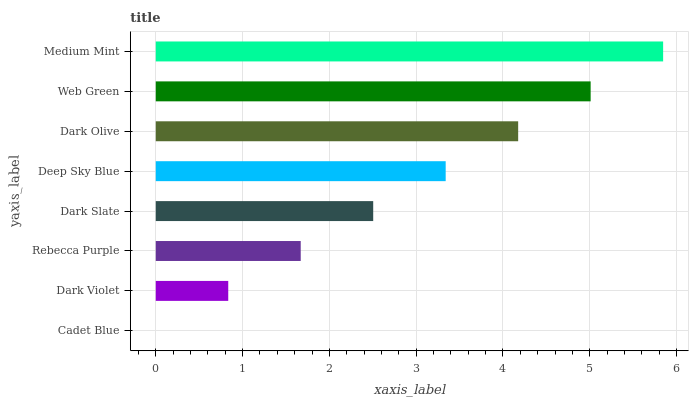
| yaxis_label | bars |
 | --- | --- |
 | Cadet Blue | 0 |
 | Dark Violet | 0.835 |
 | Rebecca Purple | 1.67 |
 | Dark Slate | 2.51 |
 | Deep Sky Blue | 3.34 |
 | Dark Olive | 4.18 |
 | Web Green | 5.01 |
 | Medium Mint | 5.85 |